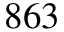
8 6 3